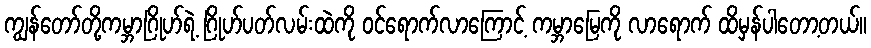
ကျွန်တော်တို့ကမ္ဘာဂြိုဟ်ရဲ့ ဂြိုဟ်ပတ်လမ်းထဲကို ဝင်ရောက်လာကြောင့် ကမ္ဘာမြေကို လာရောက် ထိမှန်ပါတော့တယ်။